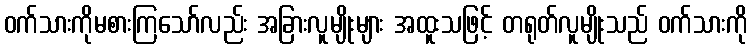
ဝက်သားကိုမစားကြသော်လည်း အခြားလူမျိုးများ အထူးသဖြင့် တရုတ်လူမျိုးသည် ဝက်သားကို